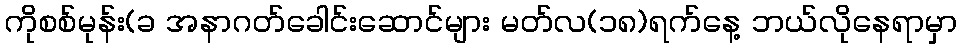
ကိုစစ်မုန်း(ခ အနာဂတ်ခေါင်းဆောင်များ မတ်လ(၁၈)ရက်နေ့ ဘယ်လိုနေရာမှာ